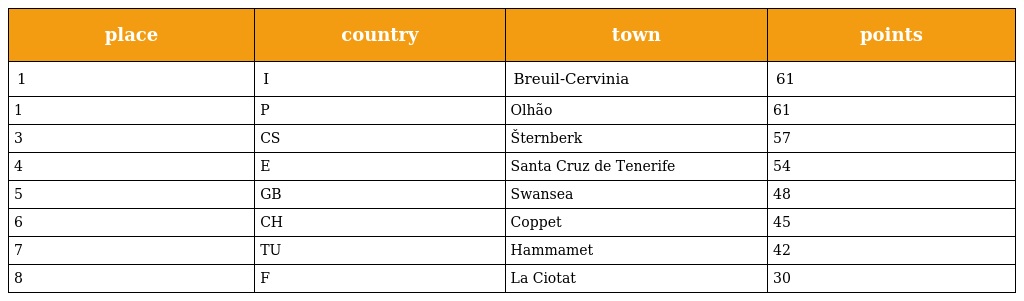
| place | country | town | points |
 | --- | --- | --- | --- |
 | 1 | I | Breuil-Cervinia | 61 |
 | 1 | P | Olhão | 61 |
 | 3 | CS | Šternberk | 57 |
 | 4 | E | Santa Cruz de Tenerife | 54 |
 | 5 | GB | Swansea | 48 |
 | 6 | CH | Coppet | 45 |
 | 7 | TU | Hammamet | 42 |
 | 8 | F | La Ciotat | 30 |